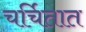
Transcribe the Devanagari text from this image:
चर्चितात